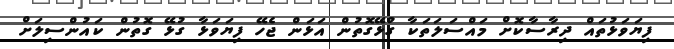
ފިޔަވަޅުތައް ދިރާސާކޮށް މައްސަލަތަކާ ގުޅޭގޮތުން އަޅަން ޖެހޭ ފިޔަވަޅާ ގުޅޭ ގޮތުން ކައުންސިލަށް